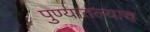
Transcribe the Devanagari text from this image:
पुण्यातल्याच